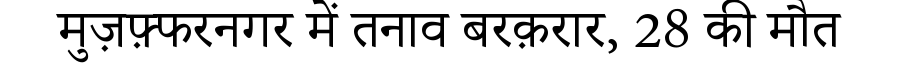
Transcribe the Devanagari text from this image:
मुज़फ़्फरनगर में तनाव बरक़रार, 28 की मौत